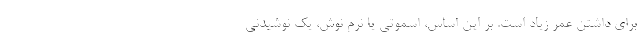
برای داشتن عمر زیاد است. بر این اساس، اسموتی یا نرم نوش، یک نوشیدنی